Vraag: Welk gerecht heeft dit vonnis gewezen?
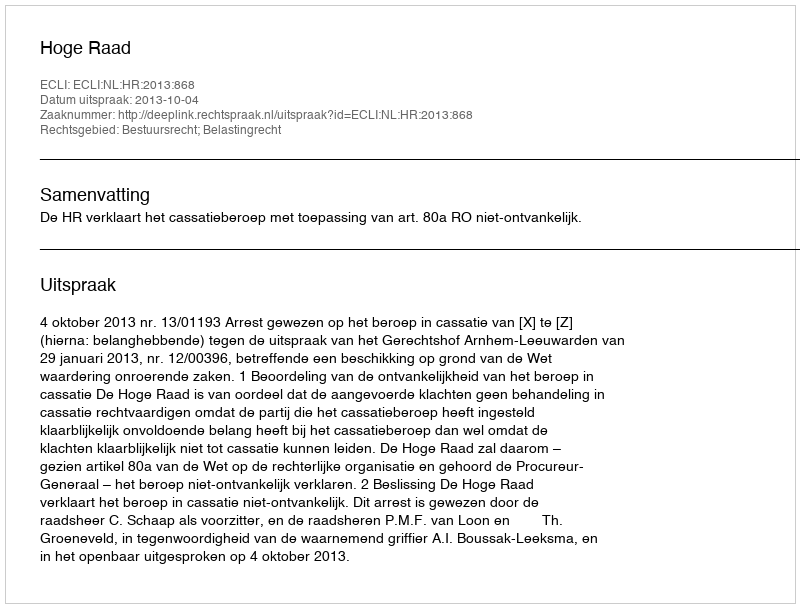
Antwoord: Hoge Raad